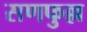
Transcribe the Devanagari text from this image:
सणफुल्ल